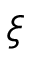
\xi